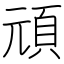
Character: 頑